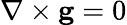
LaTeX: \nabla\times\mathbf{g}=0